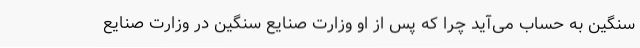
سنگین به حساب می‌آید چرا که پس از او وزارت صنایع سنگین در وزارت صنایع